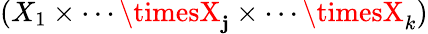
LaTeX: (X_{1}\times\cdots\timesX_{\mathbf{j}}\times\cdots\timesX_{k})